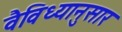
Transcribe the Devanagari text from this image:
वैविध्यानुसार